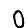
Digit: 0